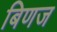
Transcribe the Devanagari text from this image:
बिणज